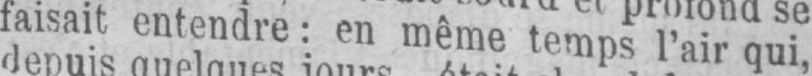
faisait entendre: en même temps l’air qui,